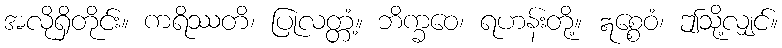
အလိုရှိတိုင်း။ ကရိဿတိ၊ ပြုလတ္တံ့။ ဘိက္ခဝေ၊ ရဟန်းတို့။ ဣစ္စေဝံ၊ ဤသို့လျှင်။